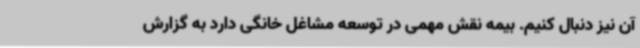
آن نیز دنبال کنیم. بیمه نقش مهمی در توسعه مشاغل خانگی دارد به گزارش